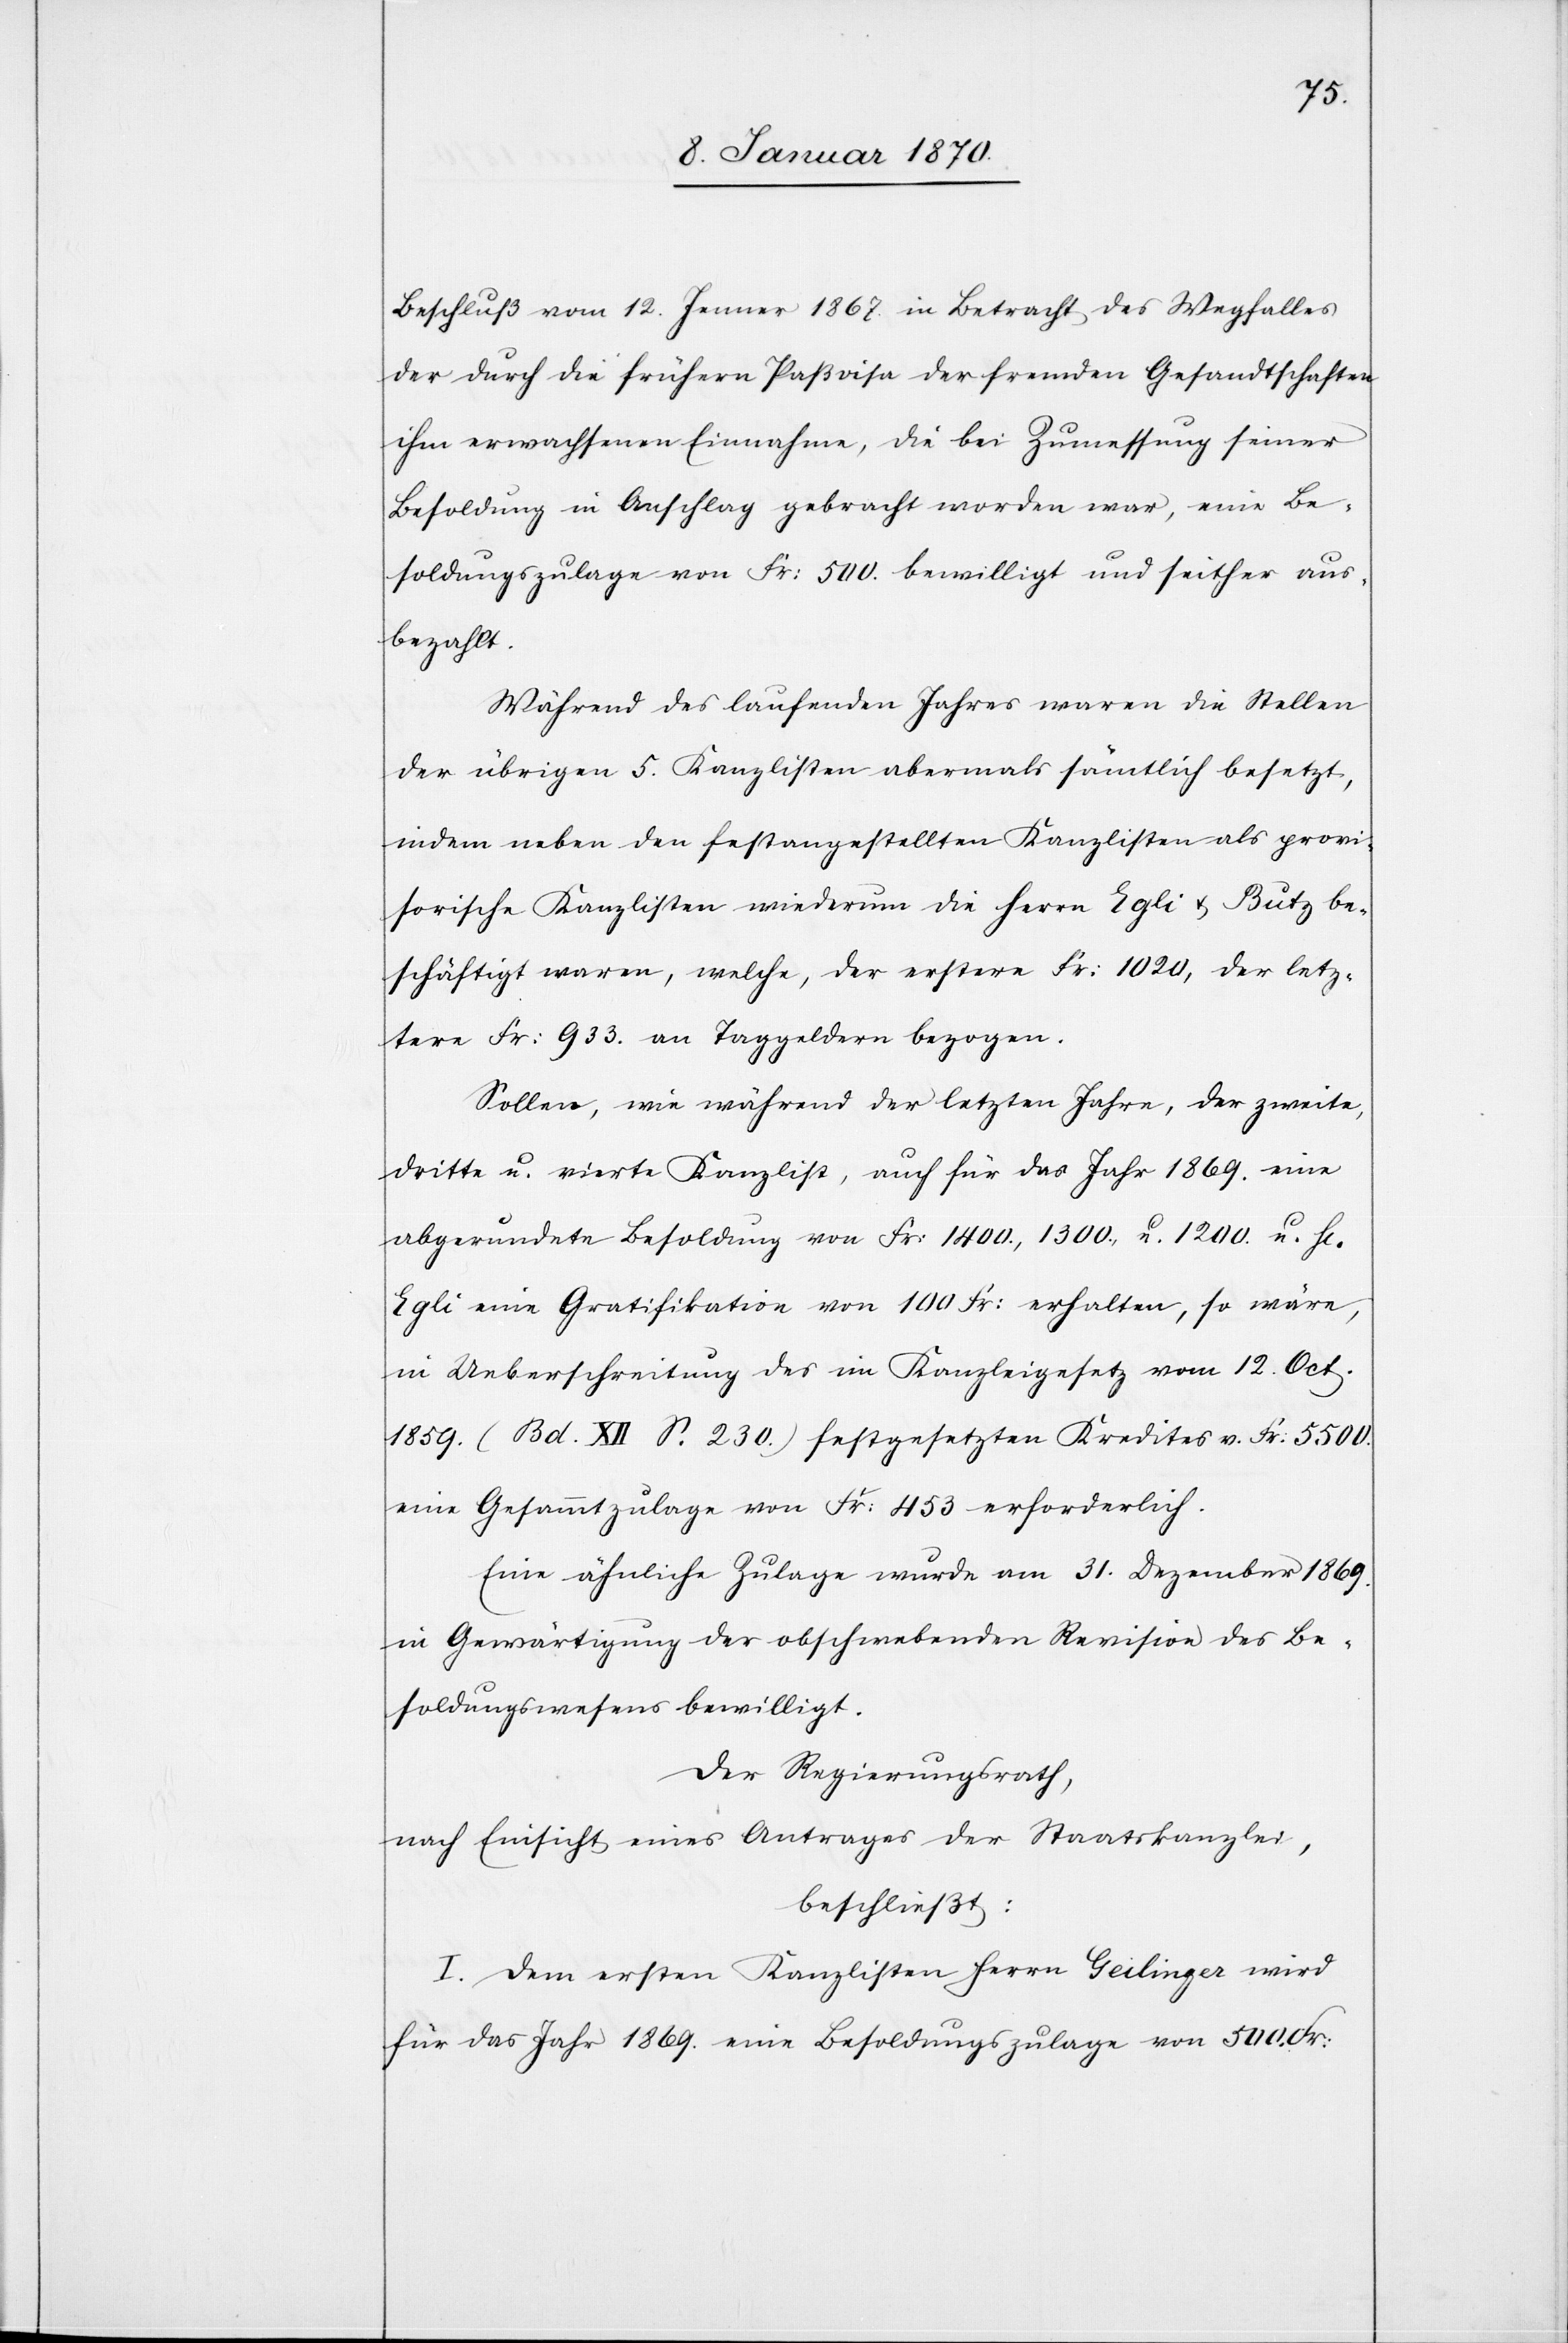
Beschluß vom 12. Jenner 1867. in Betracht des Wegfalles
der durch die frühern Paßvisa der fremden Gesandtschaften
ihm erwachsenen Einnahme, die bei Zumessung seiner
Besoldung in Anschlag gebracht worden war, eine Be¬
soldungszulage von Fr: 500. bewilligt und seither aus¬
bezahlt.
Während des laufenden Jahres waren die Stellen
der übrigen 5. Kanzlisten abermals sämtlich besetzt,
indem neben den festangestellten Kanzlisten als provi¬
sorische Kanzlisten wiederum die Herrn Egli u. Butz be¬
schäftigt waren, welche, der erstere Fr: 1020, der letz¬
tere Fr: 933. an Taggeldern bezogen.
Sollen, wie während der letzten Jahre, der zweite,
dritte u. vierte Kanzlist, auch für das Jahr 1869. eine
abgerundete Besoldung von Fr: 1400., 1300., u. 1200. u. H[errn]
Egli eine Gratifikation von 100 Fr: erhalten, so wäre,
in Ueberschreitung des im Kanzleigesetz vom 12. Oct.
1859. (Bd. XII S. 230.) festgesetzten Kredites v. Fr. 5500.
eine Gesammtzulage von Fr: 453 erforderlich.
Eine ähnliche Zulage wurde am 31. Dezember 1869.
in Gewärtigung der obschwebenden Revision des Be¬
soldungswesens bewilligt.
Der Regierungsrath,
nach Einsicht eines Antrages der Staatskanzlei,
beschließt:
I. Dem ersten Kanzlisten Herrn Geilinger wird
für das Jahr 1869. eine Besoldungszulage von 500. Fr.